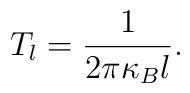
T_{l}=\frac{1}{2\pi \kappa _{B}l}.